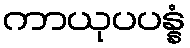
ကာယုပပန္နံ